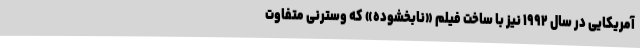
آمریکایی در سال ۱۹۹۲ نیز با ساخت فیلم «نابخشوده» که وسترنی متفاوت